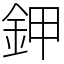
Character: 鉀